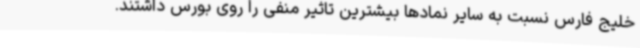
خلیج فارس نسبت به سایر نمادها بیشترین تاثیر منفی را روی بورس داشتند.